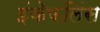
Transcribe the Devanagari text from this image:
इंकेफलिंस